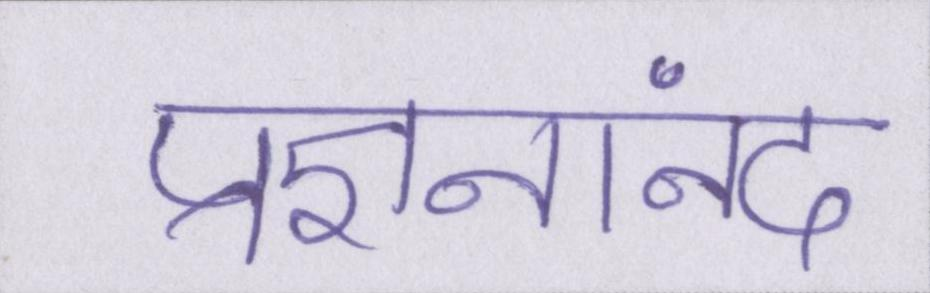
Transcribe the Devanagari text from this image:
प्रज्ञनानंद